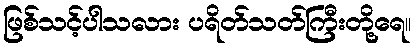
ဖြစ်သင့်ပါသလား ပရိတ်သတ်ကြီးတို့ရေ။